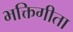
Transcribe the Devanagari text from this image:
भक्तिगीता